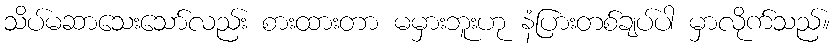
သိပ်မဆာသေးသော်လည်း စားထားတာ မမှားဘူးဟု နံပြားတစ်ချပ်ပါ မှာလိုက်သည်။